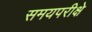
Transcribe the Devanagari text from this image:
समयपरीक्षे